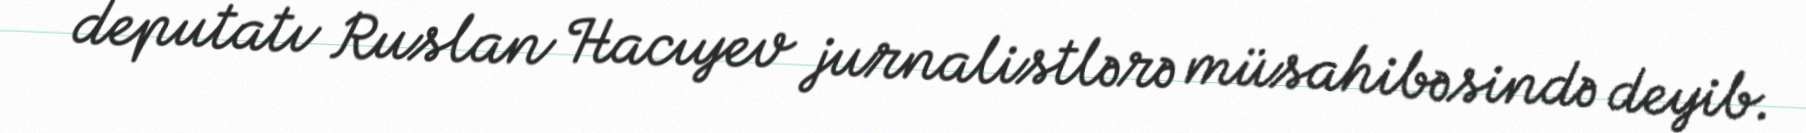
deputatı Ruslan Hacıyev jurnalistlərə müsahibəsində deyib.